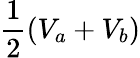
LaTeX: \frac{1}{2}(V_{a}+V_{b})